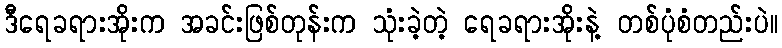
ဒီရေခရားအိုးက အခင်းဖြစ်တုန်းက သုံးခဲ့တဲ့ ရေခရားအိုးနဲ့ တစ်ပုံစံတည်းပဲ။